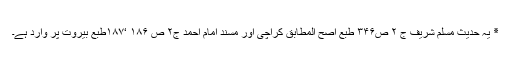
٭ یہ حدیث مسلم شریف ج ۲ ص۳۴۶ طبع اصح المطابق کراچی اور مسند امام احمد ج۲ ص ۱۸۶ ‘۱۸۷طبع بیروت پر وارد ہے۔